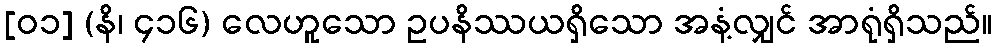
[၀၁] (နိ၊ ၄၁၆) လေဟူသော ဥပနိဿယရှိသော အနံ့လျှင် အာရုံရှိသည်။